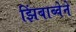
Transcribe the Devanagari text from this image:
झिंबाब्वेने